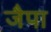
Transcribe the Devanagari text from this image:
जैपा